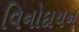
વિનોદાયન